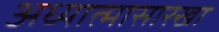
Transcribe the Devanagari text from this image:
अध्यात्मासारखा